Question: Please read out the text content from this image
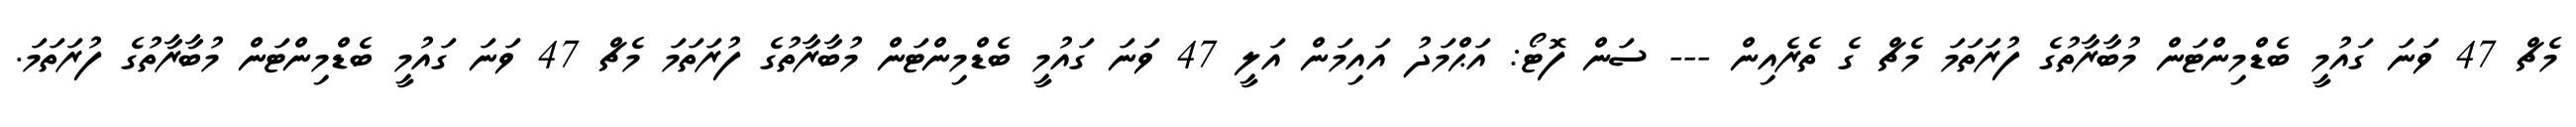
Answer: މެޗް 47 ވަނަ ގައުމީ ބެޑްމިންޓަން މުބާރާތުގެ ފުރަތަމަ މެޗް ގެ ތެރެއިން --- ސަން ފޮޓޯ: އަޙްމަދު އައިމަން އަލީ 47 ވަނަ ގައުމީ ބެޑްމިންޓަން މުބާރާތުގެ ފުރަތަމަ މެޗް 47 ވަނަ ގައުމީ ބެޑްމިންޓަން މުބާރާތުގެ ފުރަތަމަ.